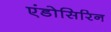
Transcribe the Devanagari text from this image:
एंडोसिरिन